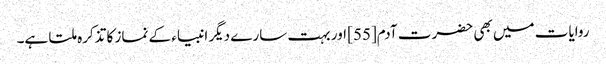
روایات میں بھی حضرت آدم[55] اور بہت سارے دیگر انبیاء کے نماز کا تذکرہ ملتا ہے۔